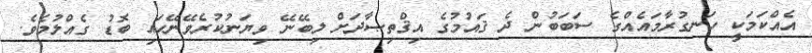
އެއްކަމަކީ ހަނގުރާމައެއްގެ ސަބަބުން ދެ ޤައުމުގެ އިޤްތިޞާދަށް ލިބޭނޭ ވިޔަނުކުރެވޭނޭހައި ބޮޑު ގެއްލުމެވެ.